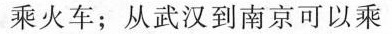
乘火车；从武汉到南京可以乘